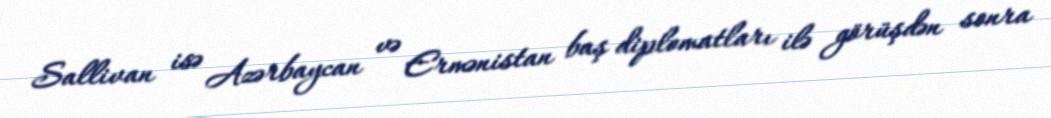
Sallivan isə Azərbaycan və Ermənistan baş diplomatları ilə görüşdən sonra